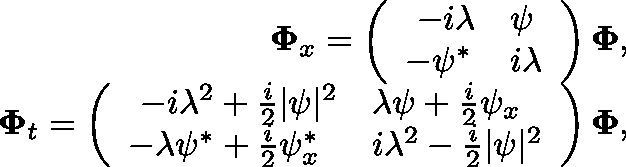
\begin{array} { r } { \mathbf { \Phi } _ { x } = \left( \begin{array} { l l } { \ - i \lambda } & { \psi } \\ { - \psi ^ { * } } & { i \lambda } \end{array} \right) \mathbf { \Phi } , } \\ { \mathbf { \Phi } _ { t } = \left( \begin{array} { l l } { \ - i \lambda ^ { 2 } + \frac { i } { 2 } | \psi | ^ { 2 } } & { \lambda \psi + \frac { i } { 2 } \psi _ { x } } \\ { - \lambda \psi ^ { * } + \frac { i } { 2 } \psi _ { x } ^ { * } } & { i \lambda ^ { 2 } - \frac { i } { 2 } | \psi | ^ { 2 } } \end{array} \right) \mathbf { \Phi } , } \end{array}